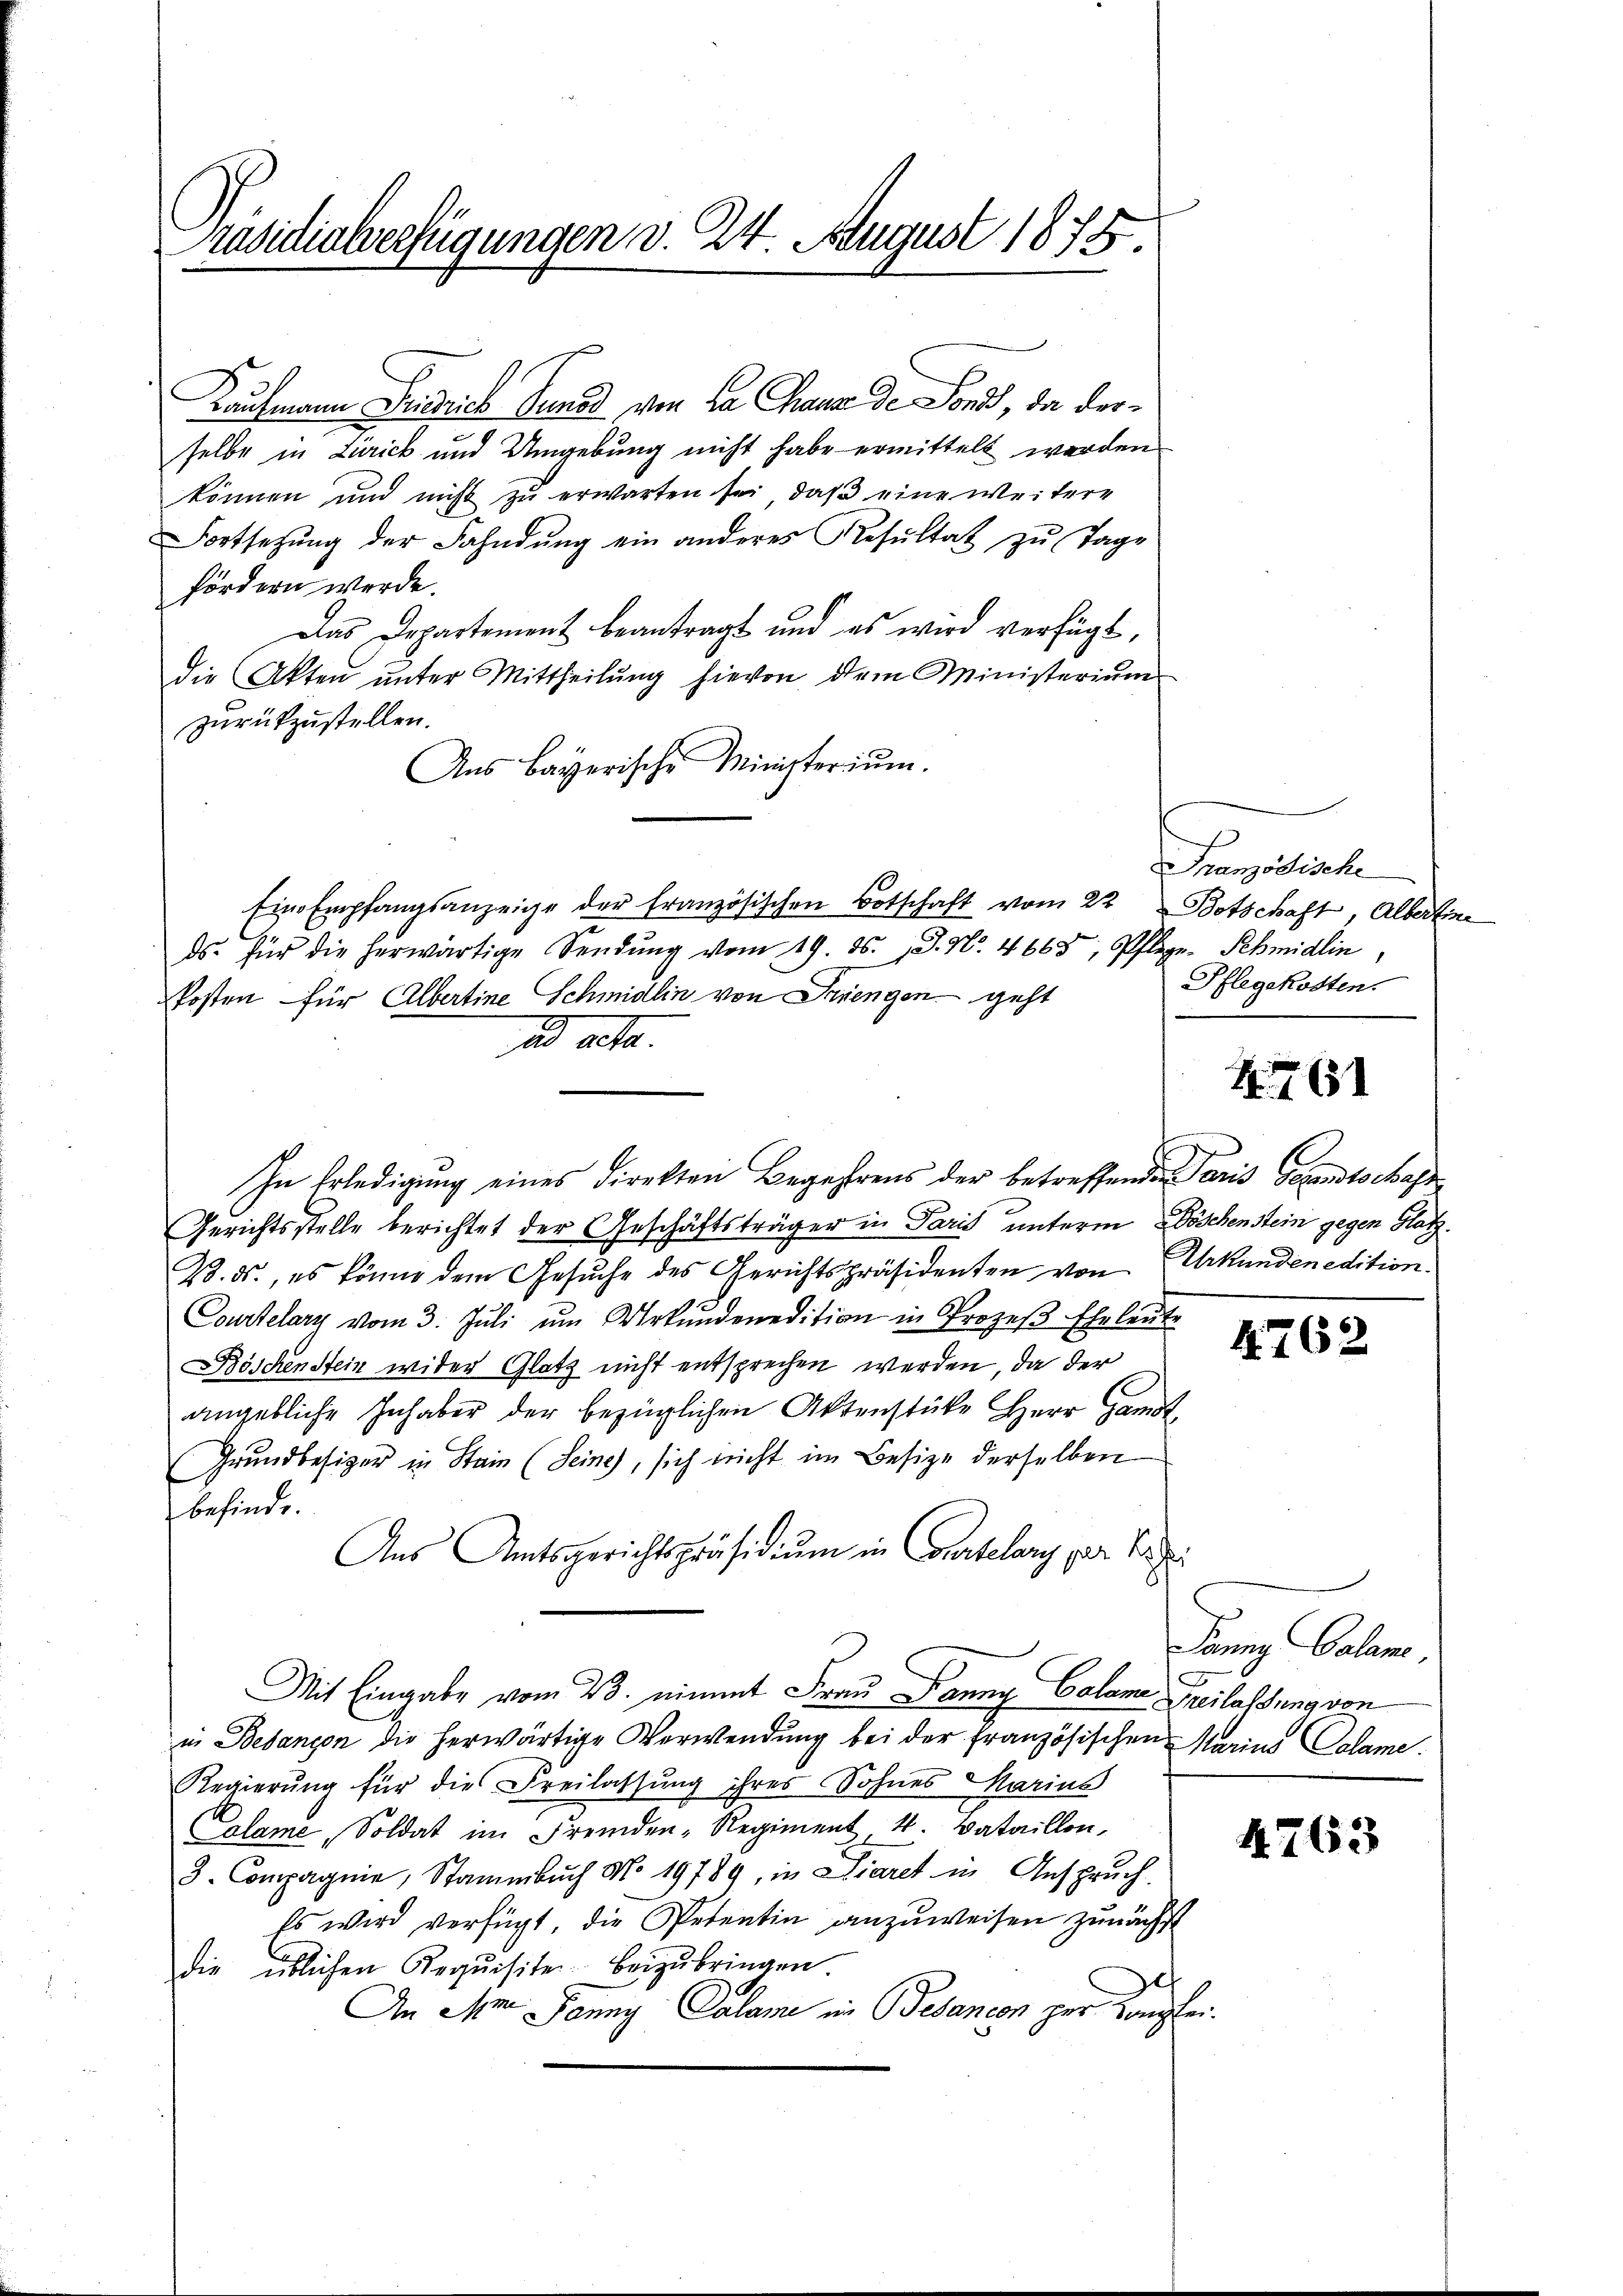
räsidialverfügungen v. 24. August 1875.

Kaufmann Dusrich Gunst von La Chaus de Sond, da derselbe in Zurick und Umgebung nicht habe ermittelt werden
können und nicht zu erwarten sei, daß eine weitere
Fortsetzŭng der Fahndŭng ein anderes Resŭltat zu Tage
fördern werde.
Das Departement beantragt und es wird verfügt,
die Akten ŭnter Mittheilŭng hievon dem Ministerium
zurückzustellen.
Aus Bayerische Ministerium.
ds. für die herwärtige Sendŭng vom 19. ds. J. No. 4663, Pflege-Schmidlin,
kosten für Albertine Schmidlin von Strengen geht
ad acta.
In Erledigŭng eines Direkten Begehrens der betreffende Paris Gesandtschaft
Gerichtsstelle berichtet der Geschäftsträger in Paris unterm Böschenstein gegen Hatz¬
28. ds., es könne dem Gesuche des Gerichtspräsidenten von Urkundenedition.
Courtelary vom 3. Jŭli ŭm Urkundenedition in Prozeβ Eheleute
Böschenstein wider Glatz nicht entsprechen werden, da der
angebliche Inhaber der bezüglichen Aktenstüke Herr Handt
Grundbesizer in Stain (Seine, sich nicht im Besize derselben
befinde.
Aus Amtsgerichtspräsidiŭm in Courtelary par Sei
Mit Eingabe vom 23. nimmt Frau Banng Calame Freilassung von
in Bebangen die herwärtige Verwendung bei der französischen Marina Calame.
Regierŭng für die Freilassung ihres Sohnes Marius
Calame, Soldat im Fremden-Regiment 4. Bataillon,
3. Compagnie, Stammbŭch No. 19789, in Diaret in Anspruch.
Es wird verfügt, die Petentin anzuweisen zunächst
die üblichen Requisite beizŭbringen
e
An Im Jenny Calame in Besancen zur Langen.

Eine Empfangsanzeige der französischen Botschaft vom 22 Botschaft, Albertine

Französische
Pflegekosten.

761

4762.

Panng Calame,

4263